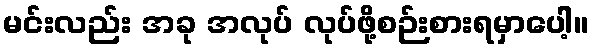
မင်းလည်း အခု အလုပ် လုပ်ဖို့စဉ်းစားရမှာပေါ့။